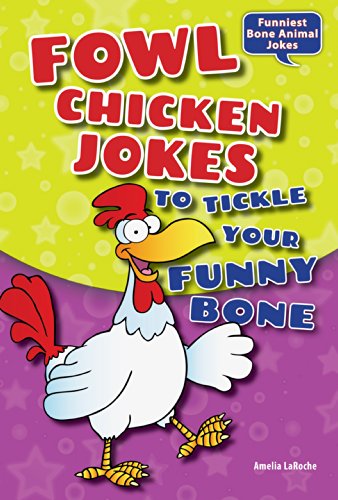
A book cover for Fowl Chicken Jokes to Tickle Your Funny Bone (Funniest Bone Animal Jokes); Amelia Laroche; Children's Books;